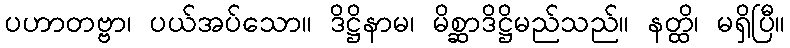
ပဟာတဗ္ဗာ၊ ပယ်အပ်သော။ ဒိဋ္ဌိနာမ၊ မိစ္ဆာဒိဋ္ဌိမည်သည်။ နတ္ထိ၊ မရှိပြီ။